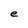
Character: e